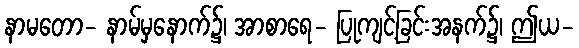
နာမတော- နာမ်မှနောက်၌၊ အာစာရေ- ပြုကျင့်ခြင်းအနက်၌၊ ဤယ-